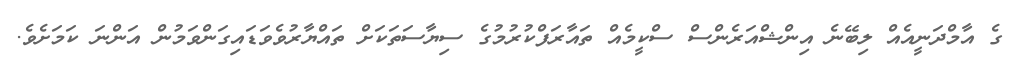
ގެ އާމްދަނީއެއް ލިބޭނެ އިންޝްއަރެންސް ސްކީމެއް ތައާރަފްކުރުމުގެ ސިޔާސަތަކަށް ތައްޔާރުވެވަޑައިގަންވަމުން އަންނަ ކަމަށެވެ.